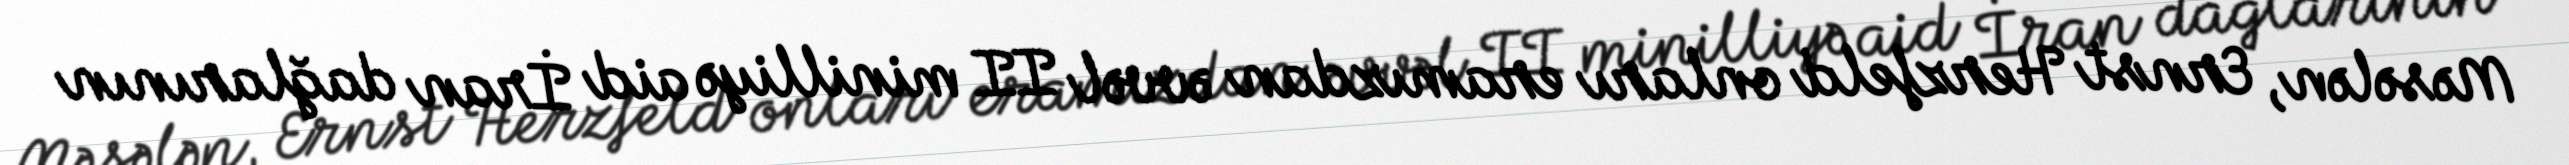
Məsələn, Ernst Herzfeld onları eramızdan əvvəl II minilliyə aid İran dağlarının